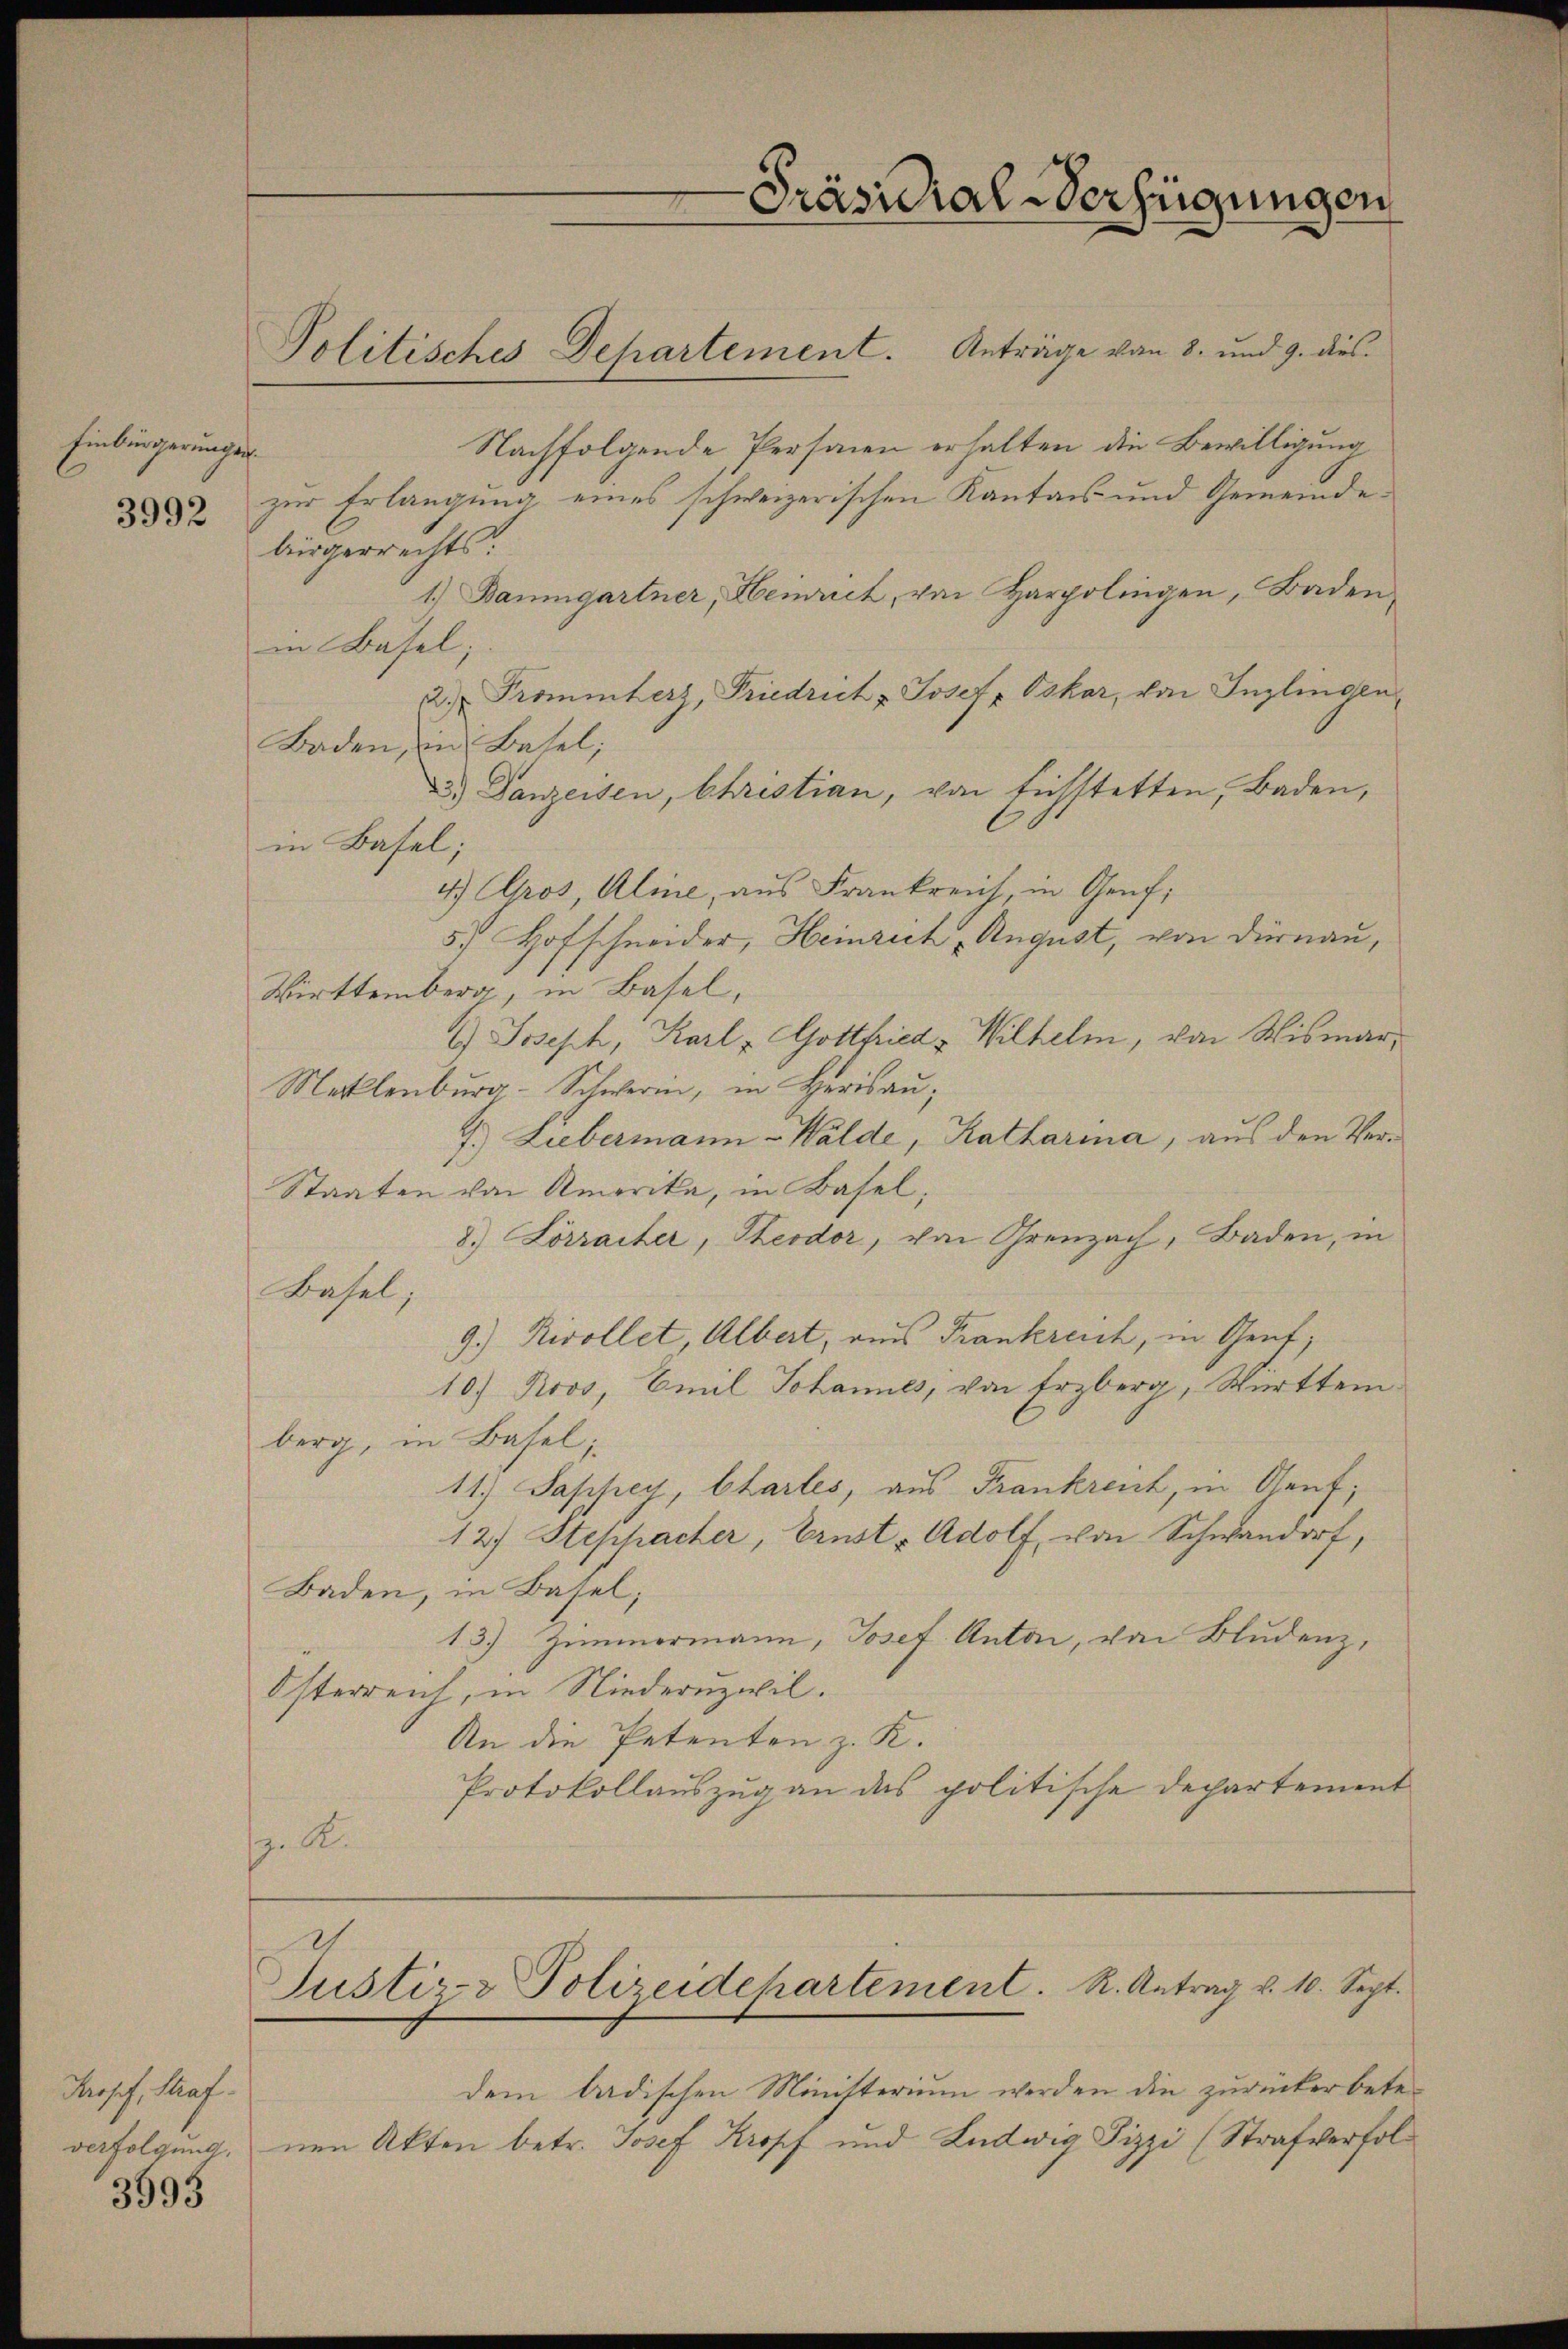
Einbürgerungsr
3992

Prosch, Kauf.
verfolgung,

3593

Politisches Departement. Anträge von 8. und 9. dies
Nachfolgende Personen erhalten die Bewilligung
zur Erlangung eines schweizerischen Kantons- und Gemeindebürgerrechts:
1.) Baumgartner, Henriet, von Harpolingen, Baden
in Basel;
2. Promenters, Friedrich & Josef Oskar, von Inzlingen
Baden, in Basel;
3.) Danzeisen, Christian, von fichstetten, Baden,
in Basel;
4.) Gros, Aline, aus Frankreich, in Genf,
37 Hofschneider, Heinrich, August, von Dürnau,
Wirttemberg, in Basel,
1.) Joseph, Karl u Gottfried - Wilhelm, von Wismar,
Meklenburg-Schwerin, in Herisau;
7.) Liebermann - Walde, Katharina, aus den Ver¬
Staaten von Amerika, in Basel,
8.) Lörracker, Theodor, von Greuzach, Baden, in
Basel;
9.) Rivollet Albert, aus Frankreich, in Genf,
10.) Roos, Emil Johannes, von Erzberg, Württemberg, in Basel;
11.) Saphen Chartes, aus Frankreich, in Genf;
12.) Stephacher, Ernsts Adolf, von Schwandorf,
Baden, in Basel;
13) Zimmermann, Josef Anton, von Bludenz,
Österreich, in Niedernzwil.
An die Petenten z. K.
Protokollauszug an das politische Departement
p. K.

Präsidial-Verfügungen

Justiz- & Polizeidepartement. R. Antrag v. 10. Sept.

dem badischen Ministerium werden die zurückerbetenen Akten betr. Josef Kropf und Ludwig Pizzi (Strafverfol¬